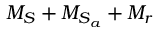
M _ { S } + M _ { S _ { a } } + M _ { r }